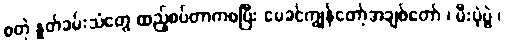
စတဲ့ နှုတ်ခမ်းသံတွေ ထည့်စပ်တာကစပြီး မေခင်ကျွန်တော့်အချစ်တော် ၊ မီးပုံပွဲ ၊